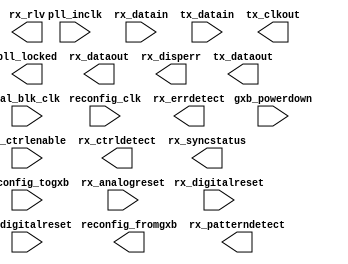
// megafunction wizard: %ALTGX%VBB%
// GENERATION: STANDARD
// VERSION: WM1.0
// MODULE: alt_c3gxb 

// ============================================================
// Megafunction Name(s):
// 			alt_c3gxb
//
// Simulation Library Files(s):
// 			altera_mf;cycloneiv_hssi
// ============================================================
// ************************************************************
// THIS IS A WIZARD-GENERATED FILE. DO NOT EDIT THIS FILE!
//
// 11.1 Build 259 01/25/2012 SP 2 SJ Web Edition
// ************************************************************

//Copyright (C) 1991-2011 Altera Corporation
//Your use of Altera Corporation's design tools, logic functions 
//and other software and tools, and its AMPP partner logic 
//functions, and any output files from any of the foregoing 
//(including device programming or simulation files), and any 
//associated documentation or information are expressly subject 
//to the terms and conditions of the Altera Program License 
//Subscription Agreement, Altera MegaCore Function License 
//Agreement, or other applicable license agreement, including, 
//without limitation, that your use is for the sole purpose of 
//programming logic devices manufactured by Altera and sold by 
//Altera or its authorized distributors.  Please refer to the 
//applicable agreement for further details.

module mAltGX (
	cal_blk_clk,
	gxb_powerdown,
	pll_inclk,
	reconfig_clk,
	reconfig_togxb,
	rx_analogreset,
	rx_datain,
	rx_digitalreset,
	tx_ctrlenable,
	tx_datain,
	tx_digitalreset,
	pll_locked,
	reconfig_fromgxb,
	rx_ctrldetect,
	rx_dataout,
	rx_disperr,
	rx_errdetect,
	rx_patterndetect,
	rx_rlv,
	rx_syncstatus,
	tx_clkout,
	tx_dataout)/* synthesis synthesis_clearbox = 1 */;

	input	  cal_blk_clk;
	input	[0:0]  gxb_powerdown;
	input	[0:0]  pll_inclk;
	input	  reconfig_clk;
	input	[3:0]  reconfig_togxb;
	input	[0:0]  rx_analogreset;
	input	[0:0]  rx_datain;
	input	[0:0]  rx_digitalreset;
	input	[0:0]  tx_ctrlenable;
	input	[7:0]  tx_datain;
	input	[0:0]  tx_digitalreset;
	output	[0:0]  pll_locked;
	output	[4:0]  reconfig_fromgxb;
	output	[0:0]  rx_ctrldetect;
	output	[7:0]  rx_dataout;
	output	[0:0]  rx_disperr;
	output	[0:0]  rx_errdetect;
	output	[0:0]  rx_patterndetect;
	output	[0:0]  rx_rlv;
	output	[0:0]  rx_syncstatus;
	output	[0:0]  tx_clkout;
	output	[0:0]  tx_dataout;

	parameter		starting_channel_number = 0;


endmodule

// ============================================================
// CNX file retrieval info
// ============================================================
// Retrieval info: PRIVATE: INTENDED_DEVICE_FAMILY STRING "Cyclone IV GX"
// Retrieval info: PRIVATE: NUM_KEYS NUMERIC "0"
// Retrieval info: PRIVATE: RECONFIG_PROTOCOL STRING "BASIC"
// Retrieval info: PRIVATE: RECONFIG_SUBPROTOCOL STRING "none"
// Retrieval info: PRIVATE: RX_ENABLE_DC_COUPLING STRING "false"
// Retrieval info: PRIVATE: SYNTH_WRAPPER_GEN_POSTFIX STRING "0"
// Retrieval info: PRIVATE: WIZ_BASE_DATA_RATE STRING "1250.0"
// Retrieval info: PRIVATE: WIZ_BASE_DATA_RATE_ENABLE STRING "0"
// Retrieval info: PRIVATE: WIZ_DATA_RATE STRING "1250.0"
// Retrieval info: PRIVATE: WIZ_DPRIO_INCLK_FREQ_ARRAY STRING "100 100 100 100 100 100 100 100"
// Retrieval info: PRIVATE: WIZ_DPRIO_INPUT_A STRING "2000"
// Retrieval info: PRIVATE: WIZ_DPRIO_INPUT_A_UNIT STRING "Mbps"
// Retrieval info: PRIVATE: WIZ_DPRIO_INPUT_B STRING "100"
// Retrieval info: PRIVATE: WIZ_DPRIO_INPUT_B_UNIT STRING "MHz"
// Retrieval info: PRIVATE: WIZ_DPRIO_INPUT_SELECTION NUMERIC "0"
// Retrieval info: PRIVATE: WIZ_DPRIO_REF_CLK0_FREQ STRING "125.0"
// Retrieval info: PRIVATE: WIZ_DPRIO_REF_CLK0_PROTOCOL STRING "GIGE"
// Retrieval info: PRIVATE: WIZ_DPRIO_REF_CLK1_FREQ STRING "250"
// Retrieval info: PRIVATE: WIZ_DPRIO_REF_CLK1_PROTOCOL STRING "Basic"
// Retrieval info: PRIVATE: WIZ_DPRIO_REF_CLK2_FREQ STRING "250"
// Retrieval info: PRIVATE: WIZ_DPRIO_REF_CLK2_PROTOCOL STRING "Basic"
// Retrieval info: PRIVATE: WIZ_DPRIO_REF_CLK3_FREQ STRING "250"
// Retrieval info: PRIVATE: WIZ_DPRIO_REF_CLK3_PROTOCOL STRING "Basic"
// Retrieval info: PRIVATE: WIZ_DPRIO_REF_CLK4_FREQ STRING "250"
// Retrieval info: PRIVATE: WIZ_DPRIO_REF_CLK4_PROTOCOL STRING "Basic"
// Retrieval info: PRIVATE: WIZ_DPRIO_REF_CLK5_FREQ STRING "250"
// Retrieval info: PRIVATE: WIZ_DPRIO_REF_CLK5_PROTOCOL STRING "Basic"
// Retrieval info: PRIVATE: WIZ_DPRIO_REF_CLK6_FREQ STRING "250"
// Retrieval info: PRIVATE: WIZ_DPRIO_REF_CLK6_PROTOCOL STRING "Basic"
// Retrieval info: PRIVATE: WIZ_ENABLE_EQUALIZER_CTRL NUMERIC "1"
// Retrieval info: PRIVATE: WIZ_EQUALIZER_CTRL_SETTING NUMERIC "1"
// Retrieval info: PRIVATE: WIZ_FORCE_DEFAULT_SETTINGS NUMERIC "1"
// Retrieval info: PRIVATE: WIZ_INCLK_FREQ STRING "125.0"
// Retrieval info: PRIVATE: WIZ_INCLK_FREQ_ARRAY STRING "62.5 125.0"
// Retrieval info: PRIVATE: WIZ_INPUT_A STRING "1250.0"
// Retrieval info: PRIVATE: WIZ_INPUT_A_UNIT STRING "Mbps"
// Retrieval info: PRIVATE: WIZ_INPUT_B STRING "125.0"
// Retrieval info: PRIVATE: WIZ_INPUT_B_UNIT STRING "MHz"
// Retrieval info: PRIVATE: WIZ_INPUT_SELECTION NUMERIC "0"
// Retrieval info: PRIVATE: WIZ_PROTOCOL STRING "GIGE"
// Retrieval info: PRIVATE: WIZ_SUBPROTOCOL STRING "None"
// Retrieval info: PRIVATE: WIZ_WORD_ALIGN_FLIP_PATTERN STRING "0"
// Retrieval info: PARAMETER: STARTING_CHANNEL_NUMBER NUMERIC "0"
// Retrieval info: CONSTANT: EFFECTIVE_DATA_RATE STRING "1250.0 Mbps"
// Retrieval info: CONSTANT: ENABLE_LC_TX_PLL STRING "false"
// Retrieval info: CONSTANT: ENABLE_PLL_INCLK_ALT_DRIVE_RX_CRU STRING "true"
// Retrieval info: CONSTANT: ENABLE_PLL_INCLK_DRIVE_RX_CRU STRING "true"
// Retrieval info: CONSTANT: EQUALIZER_DCGAIN_SETTING NUMERIC "0"
// Retrieval info: CONSTANT: GEN_RECONFIG_PLL STRING "false"
// Retrieval info: CONSTANT: GX_CHANNEL_TYPE STRING ""
// Retrieval info: CONSTANT: INPUT_CLOCK_FREQUENCY STRING "125.0 MHz"
// Retrieval info: CONSTANT: INTENDED_DEVICE_FAMILY STRING "Cyclone IV GX"
// Retrieval info: CONSTANT: INTENDED_DEVICE_SPEED_GRADE STRING "6"
// Retrieval info: CONSTANT: INTENDED_DEVICE_VARIANT STRING "ANY"
// Retrieval info: CONSTANT: LOOPBACK_MODE STRING "none"
// Retrieval info: CONSTANT: LPM_TYPE STRING "alt_c3gxb"
// Retrieval info: CONSTANT: NUMBER_OF_CHANNELS NUMERIC "1"
// Retrieval info: CONSTANT: OPERATION_MODE STRING "duplex"
// Retrieval info: CONSTANT: PLL_BANDWIDTH_TYPE STRING "Auto"
// Retrieval info: CONSTANT: PLL_CONTROL_WIDTH NUMERIC "1"
// Retrieval info: CONSTANT: PLL_INCLK_PERIOD NUMERIC "8000"
// Retrieval info: CONSTANT: PLL_PFD_FB_MODE STRING "internal"
// Retrieval info: CONSTANT: PREEMPHASIS_CTRL_1STPOSTTAP_SETTING NUMERIC "0"
// Retrieval info: CONSTANT: PROTOCOL STRING "gige"
// Retrieval info: CONSTANT: RECEIVER_TERMINATION STRING "oct_100_ohms"
// Retrieval info: CONSTANT: RECONFIG_DPRIO_MODE NUMERIC "0"
// Retrieval info: CONSTANT: RX_8B_10B_MODE STRING "normal"
// Retrieval info: CONSTANT: RX_ALIGN_PATTERN STRING "0101111100"
// Retrieval info: CONSTANT: RX_ALIGN_PATTERN_LENGTH NUMERIC "10"
// Retrieval info: CONSTANT: RX_ALLOW_ALIGN_POLARITY_INVERSION STRING "false"
// Retrieval info: CONSTANT: RX_ALLOW_PIPE_POLARITY_INVERSION STRING "false"
// Retrieval info: CONSTANT: RX_BITSLIP_ENABLE STRING "false"
// Retrieval info: CONSTANT: RX_BYTE_ORDERING_MODE STRING "NONE"
// Retrieval info: CONSTANT: RX_CHANNEL_WIDTH NUMERIC "8"
// Retrieval info: CONSTANT: RX_COMMON_MODE STRING "0.82v"
// Retrieval info: CONSTANT: RX_CRU_INCLOCK0_PERIOD NUMERIC "8000"
// Retrieval info: CONSTANT: RX_DATAPATH_PROTOCOL STRING "basic"
// Retrieval info: CONSTANT: RX_DATA_RATE NUMERIC "1250"
// Retrieval info: CONSTANT: RX_DATA_RATE_REMAINDER NUMERIC "0"
// Retrieval info: CONSTANT: RX_DIGITALRESET_PORT_WIDTH NUMERIC "1"
// Retrieval info: CONSTANT: RX_ENABLE_BIT_REVERSAL STRING "false"
// Retrieval info: CONSTANT: RX_ENABLE_LOCK_TO_DATA_SIG STRING "false"
// Retrieval info: CONSTANT: RX_ENABLE_LOCK_TO_REFCLK_SIG STRING "false"
// Retrieval info: CONSTANT: RX_ENABLE_SELF_TEST_MODE STRING "false"
// Retrieval info: CONSTANT: RX_FORCE_SIGNAL_DETECT STRING "true"
// Retrieval info: CONSTANT: RX_PPMSELECT NUMERIC "8"
// Retrieval info: CONSTANT: RX_RATE_MATCH_FIFO_MODE STRING "normal"
// Retrieval info: CONSTANT: RX_RATE_MATCH_PATTERN1 STRING "10100010010101111100"
// Retrieval info: CONSTANT: RX_RATE_MATCH_PATTERN2 STRING "10101011011010000011"
// Retrieval info: CONSTANT: RX_RATE_MATCH_PATTERN_SIZE NUMERIC "20"
// Retrieval info: CONSTANT: RX_RUN_LENGTH NUMERIC "40"
// Retrieval info: CONSTANT: RX_RUN_LENGTH_ENABLE STRING "true"
// Retrieval info: CONSTANT: RX_SIGNAL_DETECT_THRESHOLD NUMERIC "8"
// Retrieval info: CONSTANT: RX_USE_ALIGN_STATE_MACHINE STRING "true"
// Retrieval info: CONSTANT: RX_USE_CLKOUT STRING "false"
// Retrieval info: CONSTANT: RX_USE_CORECLK STRING "false"
// Retrieval info: CONSTANT: RX_USE_DESERIALIZER_DOUBLE_DATA_MODE STRING "false"
// Retrieval info: CONSTANT: RX_USE_DESKEW_FIFO STRING "false"
// Retrieval info: CONSTANT: RX_USE_DOUBLE_DATA_MODE STRING "false"
// Retrieval info: CONSTANT: RX_USE_RATE_MATCH_PATTERN1_ONLY STRING "false"
// Retrieval info: CONSTANT: TRANSMITTER_TERMINATION STRING "oct_100_ohms"
// Retrieval info: CONSTANT: TX_8B_10B_MODE STRING "normal"
// Retrieval info: CONSTANT: TX_ALLOW_POLARITY_INVERSION STRING "false"
// Retrieval info: CONSTANT: TX_CHANNEL_WIDTH NUMERIC "8"
// Retrieval info: CONSTANT: TX_CLKOUT_WIDTH NUMERIC "1"
// Retrieval info: CONSTANT: TX_COMMON_MODE STRING "0.65v"
// Retrieval info: CONSTANT: TX_DATA_RATE NUMERIC "1250"
// Retrieval info: CONSTANT: TX_DATA_RATE_REMAINDER NUMERIC "0"
// Retrieval info: CONSTANT: TX_DIGITALRESET_PORT_WIDTH NUMERIC "1"
// Retrieval info: CONSTANT: TX_ENABLE_BIT_REVERSAL STRING "false"
// Retrieval info: CONSTANT: TX_ENABLE_SELF_TEST_MODE STRING "false"
// Retrieval info: CONSTANT: TX_PLL_BANDWIDTH_TYPE STRING "Auto"
// Retrieval info: CONSTANT: TX_PLL_INCLK0_PERIOD NUMERIC "8000"
// Retrieval info: CONSTANT: TX_PLL_TYPE STRING "CMU"
// Retrieval info: CONSTANT: TX_SLEW_RATE STRING "medium"
// Retrieval info: CONSTANT: TX_TRANSMIT_PROTOCOL STRING "basic"
// Retrieval info: CONSTANT: TX_USE_CORECLK STRING "false"
// Retrieval info: CONSTANT: TX_USE_DOUBLE_DATA_MODE STRING "false"
// Retrieval info: CONSTANT: TX_USE_SERIALIZER_DOUBLE_DATA_MODE STRING "false"
// Retrieval info: CONSTANT: USE_CALIBRATION_BLOCK STRING "true"
// Retrieval info: CONSTANT: VOD_CTRL_SETTING NUMERIC "4"
// Retrieval info: CONSTANT: equalization_setting NUMERIC "5"
// Retrieval info: CONSTANT: gxb_powerdown_width NUMERIC "1"
// Retrieval info: CONSTANT: iqtxrxclk_allowed STRING ""
// Retrieval info: CONSTANT: number_of_quads NUMERIC "1"
// Retrieval info: CONSTANT: pll_divide_by STRING "1"
// Retrieval info: CONSTANT: pll_multiply_by STRING "5"
// Retrieval info: CONSTANT: reconfig_calibration STRING "true"
// Retrieval info: CONSTANT: reconfig_fromgxb_port_width NUMERIC "5"
// Retrieval info: CONSTANT: reconfig_pll_control_width NUMERIC "1"
// Retrieval info: CONSTANT: reconfig_togxb_port_width NUMERIC "4"
// Retrieval info: CONSTANT: rx_deskew_pattern STRING "0"
// Retrieval info: CONSTANT: rx_dwidth_factor NUMERIC "1"
// Retrieval info: CONSTANT: rx_enable_second_order_loop STRING "false"
// Retrieval info: CONSTANT: rx_loop_1_digital_filter NUMERIC "8"
// Retrieval info: CONSTANT: rx_signal_detect_loss_threshold STRING "1"
// Retrieval info: CONSTANT: rx_signal_detect_valid_threshold STRING "14"
// Retrieval info: CONSTANT: rx_use_external_termination STRING "false"
// Retrieval info: CONSTANT: rx_word_aligner_num_byte NUMERIC "1"
// Retrieval info: CONSTANT: top_module_name STRING "mAltGX"
// Retrieval info: CONSTANT: tx_bitslip_enable STRING "FALSE"
// Retrieval info: CONSTANT: tx_dwidth_factor NUMERIC "1"
// Retrieval info: CONSTANT: tx_use_external_termination STRING "false"
// Retrieval info: USED_PORT: cal_blk_clk 0 0 0 0 INPUT NODEFVAL "cal_blk_clk"
// Retrieval info: USED_PORT: gxb_powerdown 0 0 1 0 INPUT NODEFVAL "gxb_powerdown[0..0]"
// Retrieval info: USED_PORT: pll_inclk 0 0 1 0 INPUT NODEFVAL "pll_inclk[0..0]"
// Retrieval info: USED_PORT: pll_locked 0 0 1 0 OUTPUT NODEFVAL "pll_locked[0..0]"
// Retrieval info: USED_PORT: reconfig_clk 0 0 0 0 INPUT NODEFVAL "reconfig_clk"
// Retrieval info: USED_PORT: reconfig_fromgxb 0 0 5 0 OUTPUT NODEFVAL "reconfig_fromgxb[4..0]"
// Retrieval info: USED_PORT: reconfig_togxb 0 0 4 0 INPUT NODEFVAL "reconfig_togxb[3..0]"
// Retrieval info: USED_PORT: rx_analogreset 0 0 1 0 INPUT NODEFVAL "rx_analogreset[0..0]"
// Retrieval info: USED_PORT: rx_ctrldetect 0 0 1 0 OUTPUT NODEFVAL "rx_ctrldetect[0..0]"
// Retrieval info: USED_PORT: rx_datain 0 0 1 0 INPUT NODEFVAL "rx_datain[0..0]"
// Retrieval info: USED_PORT: rx_dataout 0 0 8 0 OUTPUT NODEFVAL "rx_dataout[7..0]"
// Retrieval info: USED_PORT: rx_digitalreset 0 0 1 0 INPUT NODEFVAL "rx_digitalreset[0..0]"
// Retrieval info: USED_PORT: rx_disperr 0 0 1 0 OUTPUT NODEFVAL "rx_disperr[0..0]"
// Retrieval info: USED_PORT: rx_errdetect 0 0 1 0 OUTPUT NODEFVAL "rx_errdetect[0..0]"
// Retrieval info: USED_PORT: rx_patterndetect 0 0 1 0 OUTPUT NODEFVAL "rx_patterndetect[0..0]"
// Retrieval info: USED_PORT: rx_rlv 0 0 1 0 OUTPUT NODEFVAL "rx_rlv[0..0]"
// Retrieval info: USED_PORT: rx_syncstatus 0 0 1 0 OUTPUT NODEFVAL "rx_syncstatus[0..0]"
// Retrieval info: USED_PORT: tx_clkout 0 0 1 0 OUTPUT NODEFVAL "tx_clkout[0..0]"
// Retrieval info: USED_PORT: tx_ctrlenable 0 0 1 0 INPUT NODEFVAL "tx_ctrlenable[0..0]"
// Retrieval info: USED_PORT: tx_datain 0 0 8 0 INPUT NODEFVAL "tx_datain[7..0]"
// Retrieval info: USED_PORT: tx_dataout 0 0 1 0 OUTPUT NODEFVAL "tx_dataout[0..0]"
// Retrieval info: USED_PORT: tx_digitalreset 0 0 1 0 INPUT NODEFVAL "tx_digitalreset[0..0]"
// Retrieval info: CONNECT: @cal_blk_clk 0 0 0 0 cal_blk_clk 0 0 0 0
// Retrieval info: CONNECT: @gxb_powerdown 0 0 1 0 gxb_powerdown 0 0 1 0
// Retrieval info: CONNECT: @pll_inclk 0 0 1 0 pll_inclk 0 0 1 0
// Retrieval info: CONNECT: @reconfig_clk 0 0 0 0 reconfig_clk 0 0 0 0
// Retrieval info: CONNECT: @reconfig_togxb 0 0 4 0 reconfig_togxb 0 0 4 0
// Retrieval info: CONNECT: @rx_analogreset 0 0 1 0 rx_analogreset 0 0 1 0
// Retrieval info: CONNECT: @rx_datain 0 0 1 0 rx_datain 0 0 1 0
// Retrieval info: CONNECT: @rx_digitalreset 0 0 1 0 rx_digitalreset 0 0 1 0
// Retrieval info: CONNECT: @tx_ctrlenable 0 0 1 0 tx_ctrlenable 0 0 1 0
// Retrieval info: CONNECT: @tx_datain 0 0 8 0 tx_datain 0 0 8 0
// Retrieval info: CONNECT: @tx_digitalreset 0 0 1 0 tx_digitalreset 0 0 1 0
// Retrieval info: CONNECT: pll_locked 0 0 1 0 @pll_locked 0 0 1 0
// Retrieval info: CONNECT: reconfig_fromgxb 0 0 5 0 @reconfig_fromgxb 0 0 5 0
// Retrieval info: CONNECT: rx_ctrldetect 0 0 1 0 @rx_ctrldetect 0 0 1 0
// Retrieval info: CONNECT: rx_dataout 0 0 8 0 @rx_dataout 0 0 8 0
// Retrieval info: CONNECT: rx_disperr 0 0 1 0 @rx_disperr 0 0 1 0
// Retrieval info: CONNECT: rx_errdetect 0 0 1 0 @rx_errdetect 0 0 1 0
// Retrieval info: CONNECT: rx_patterndetect 0 0 1 0 @rx_patterndetect 0 0 1 0
// Retrieval info: CONNECT: rx_rlv 0 0 1 0 @rx_rlv 0 0 1 0
// Retrieval info: CONNECT: rx_syncstatus 0 0 1 0 @rx_syncstatus 0 0 1 0
// Retrieval info: CONNECT: tx_clkout 0 0 1 0 @tx_clkout 0 0 1 0
// Retrieval info: CONNECT: tx_dataout 0 0 1 0 @tx_dataout 0 0 1 0
// Retrieval info: GEN_FILE: TYPE_NORMAL mAltGX.v TRUE
// Retrieval info: GEN_FILE: TYPE_NORMAL mAltGX.ppf TRUE
// Retrieval info: GEN_FILE: TYPE_NORMAL mAltGX.inc FALSE
// Retrieval info: GEN_FILE: TYPE_NORMAL mAltGX.cmp FALSE
// Retrieval info: GEN_FILE: TYPE_NORMAL mAltGX.bsf FALSE
// Retrieval info: GEN_FILE: TYPE_NORMAL mAltGX_inst.v FALSE
// Retrieval info: GEN_FILE: TYPE_NORMAL mAltGX_bb.v TRUE
// Retrieval info: LIB_FILE: altera_mf
// Retrieval info: LIB_FILE: cycloneiv_hssi
// Retrieval info: CBX_MODULE_PREFIX: ON